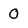
Character: 0